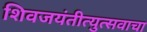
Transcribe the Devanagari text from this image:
शिवजयंतीत्युत्सवाचा